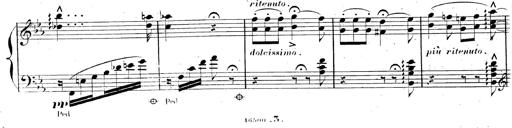
Title: AnnÃ©es de pÃ¨lerinage II, SupplÃ©ment
Composer: Franz Liszt